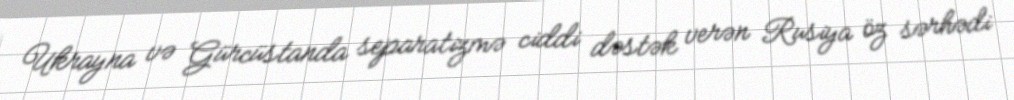
Ukrayna və Gürcüstanda separatizmə ciddi dəstək verən Rusiya öz sərhədi